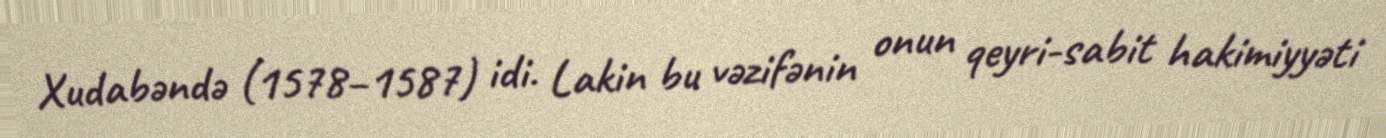
Xudabəndə (1578–1587) idi. Lakin bu vəzifənin onun qeyri-sabit hakimiyyəti